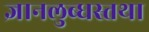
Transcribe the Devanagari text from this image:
ज्ञानलुब्धस्तथा